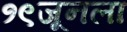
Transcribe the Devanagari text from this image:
१९जूनला